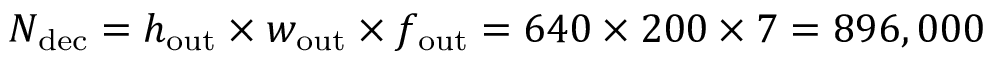
N _ { \mathrm { d e c } } = h _ { \mathrm { o u t } } \times w _ { \mathrm { o u t } } \times f _ { \mathrm { o u t } } = 6 4 0 \times 2 0 0 \times 7 = 8 9 6 , 0 0 0